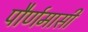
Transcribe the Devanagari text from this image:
पौर्णमासी